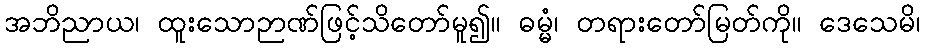
အဘိညာယ၊ ထူးသောဉာဏ်ဖြင့်သိတော်မူ၍။ ဓမ္မံ၊ တရားတော်မြတ်ကို။ ဒေသေမိ၊